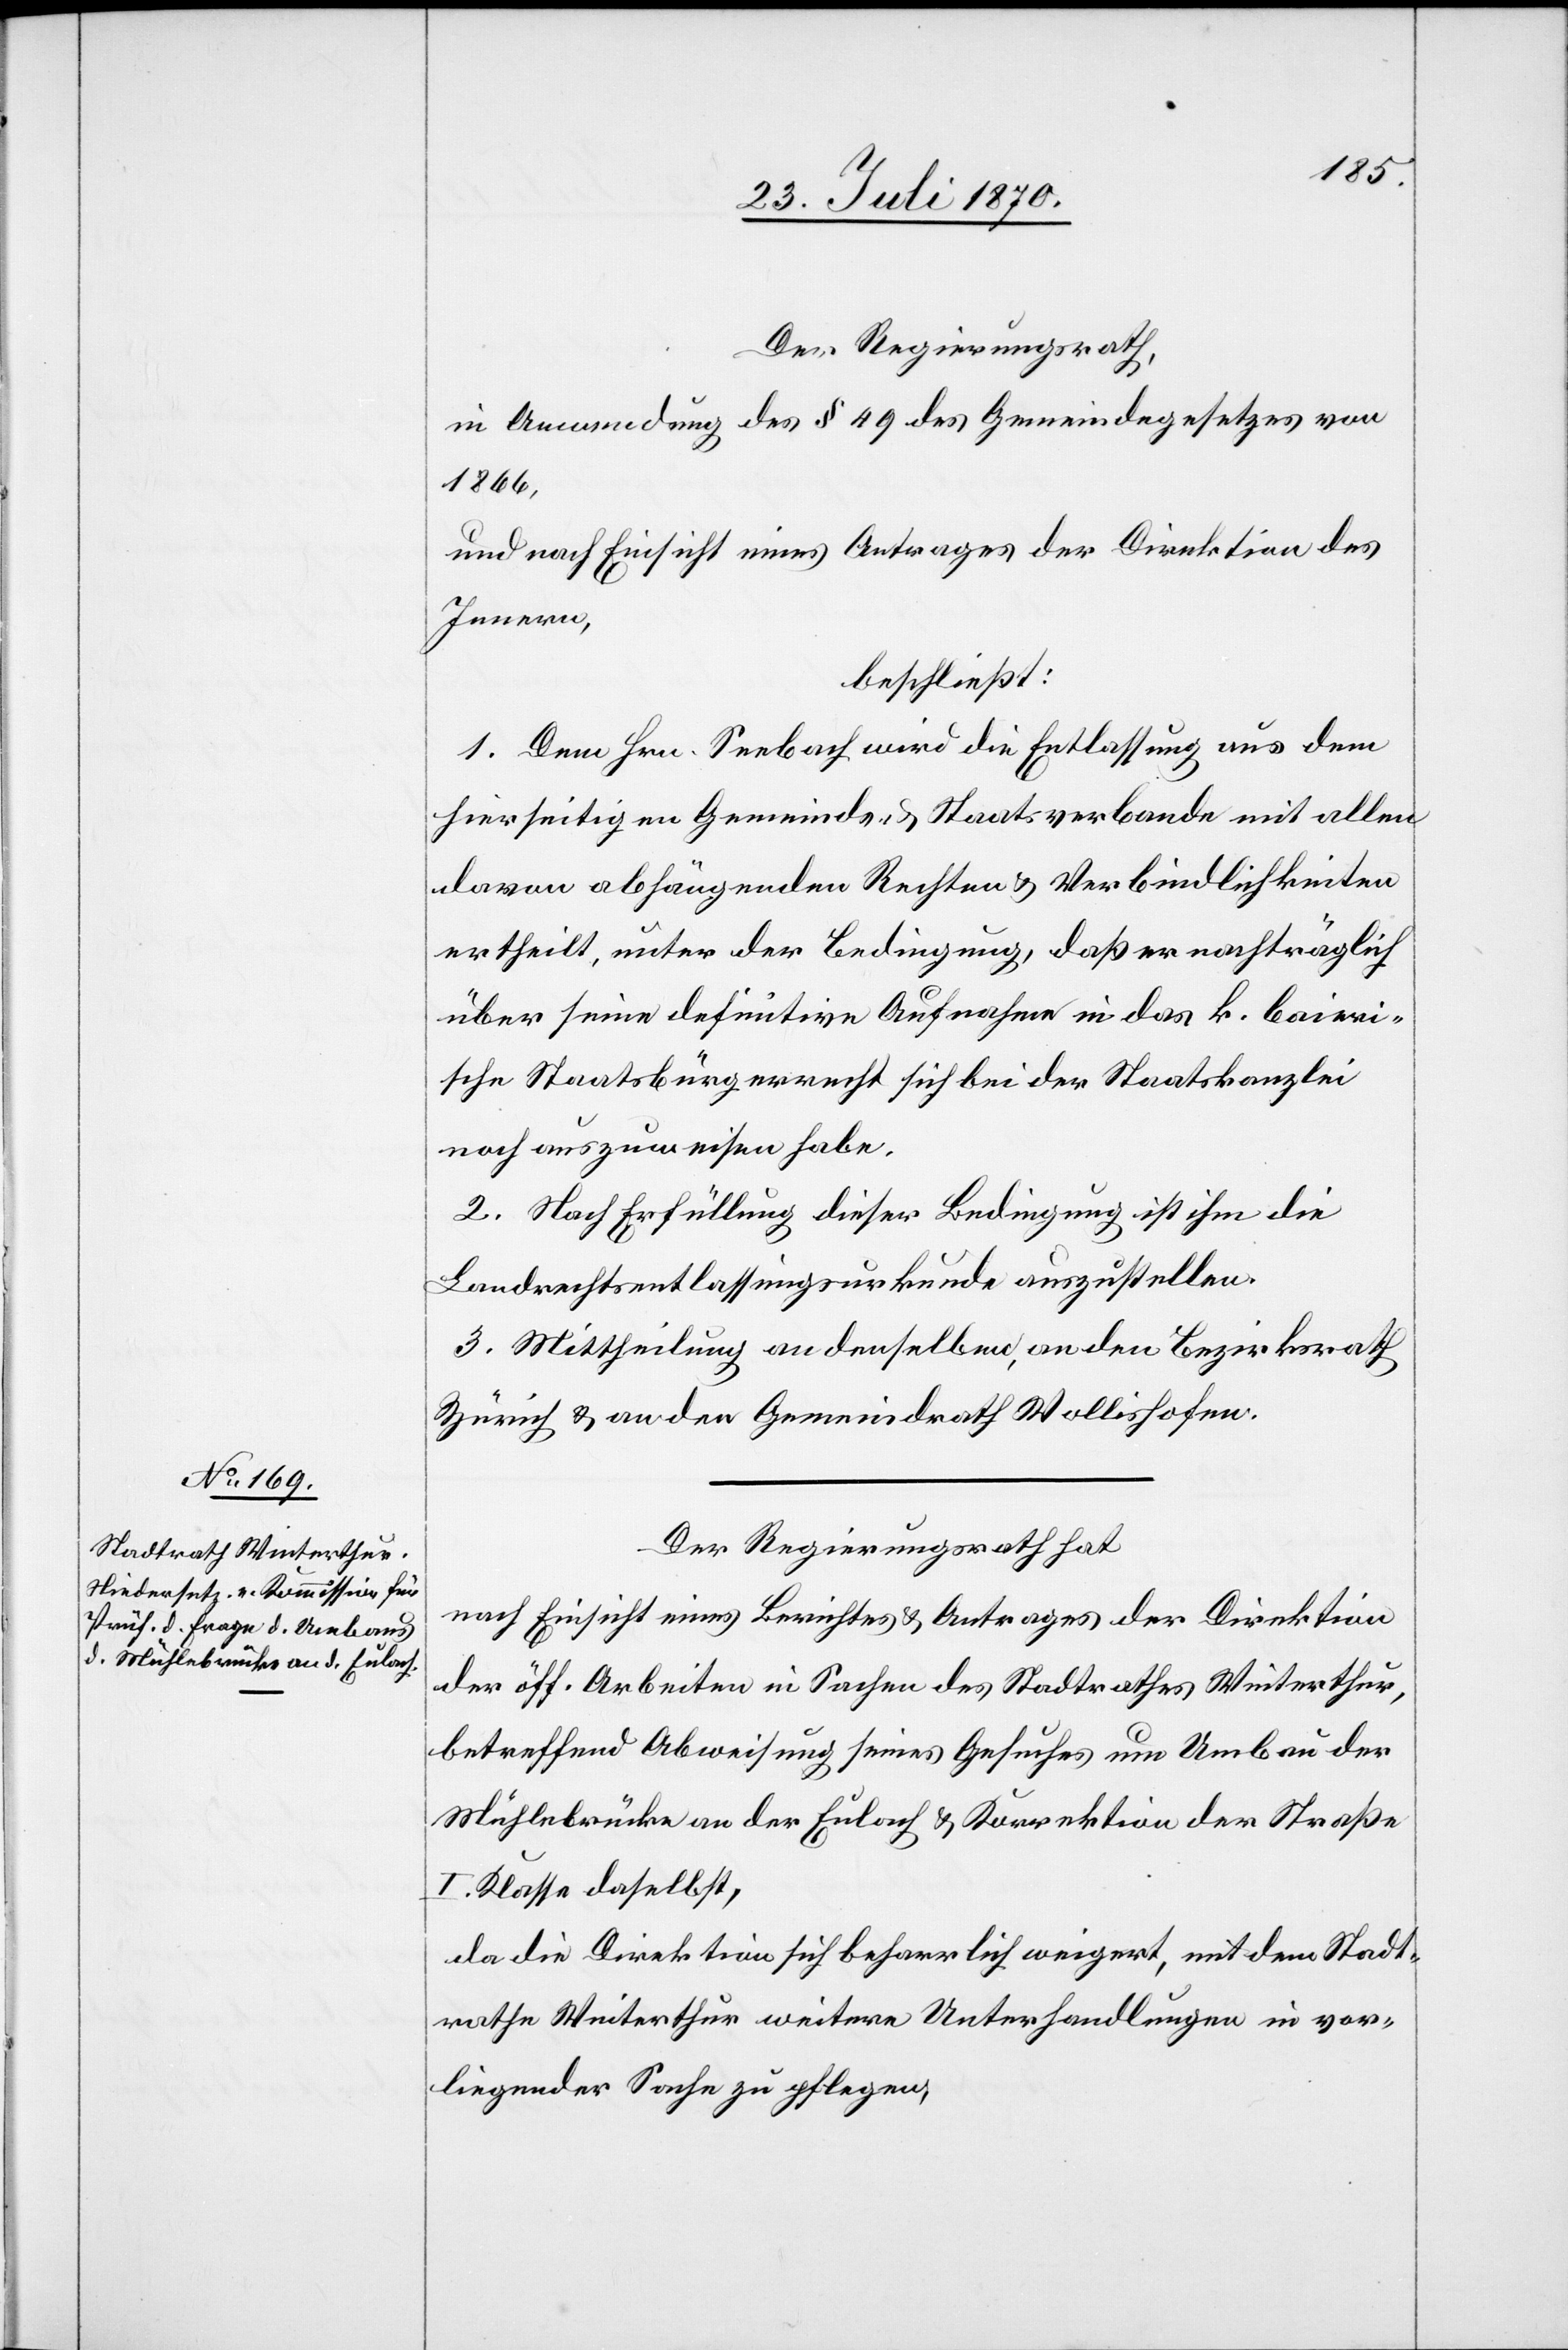
Der Regierungsrath,
in Anwendung des § 49 des Gemeindegesetzes von
1866,
und nach Einsicht eines Antrages der Direktion des
Innern,
beschließt:
1. Dem Hrn. Seebach wird die Entlassung aus dem
hierseitigen Gemeinde- & Staatsverbande mit allen
davon abhängenden Rechten & Verbindlichkeiten
ertheilt, unter der Bedingung, daß er nachträglich
über seine definitive Aufnahme in das k. baieri¬
sche Staatsbürgerrecht sich bei der Staatskanzlei
noch auszuweisen habe.
2. Nach Erfüllung dieser Bedingung ist ihm die
Landrechtsentlassungsurkunde auszustellen.
3. Mittheilung an denselben, an den Bezirksrath
Zürich & an den Gemeindrath Wollishofen.
Der Regierungsrath hat
nach Einsicht eines Berichtes & Antrages der Direktion
der öff. Arbeiten in Sachen des Stadtrath Winterthur,
betreffend Abweisung seines Gesuches um Umbau der
Mühlebrücke an der Eulach & Korrektion der Straße
I. Klasse daselbst,
da die Direktion sich beharrlich weigert, mit dem Stadt¬
rathe Winterthur weitere Unterhandlungen in vor¬
liegender Sache zu pflegen,